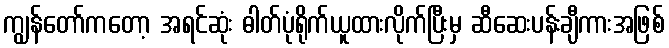
ကျွန်တော်ကတော့ အရင်ဆုံး ဓါတ်ပုံရိုက်ယူထားလိုက်ပြီးမှ ဆီဆေးပန်းချီကားအဖြစ်